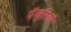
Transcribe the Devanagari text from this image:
पँखुरियों